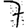
Digit: 7